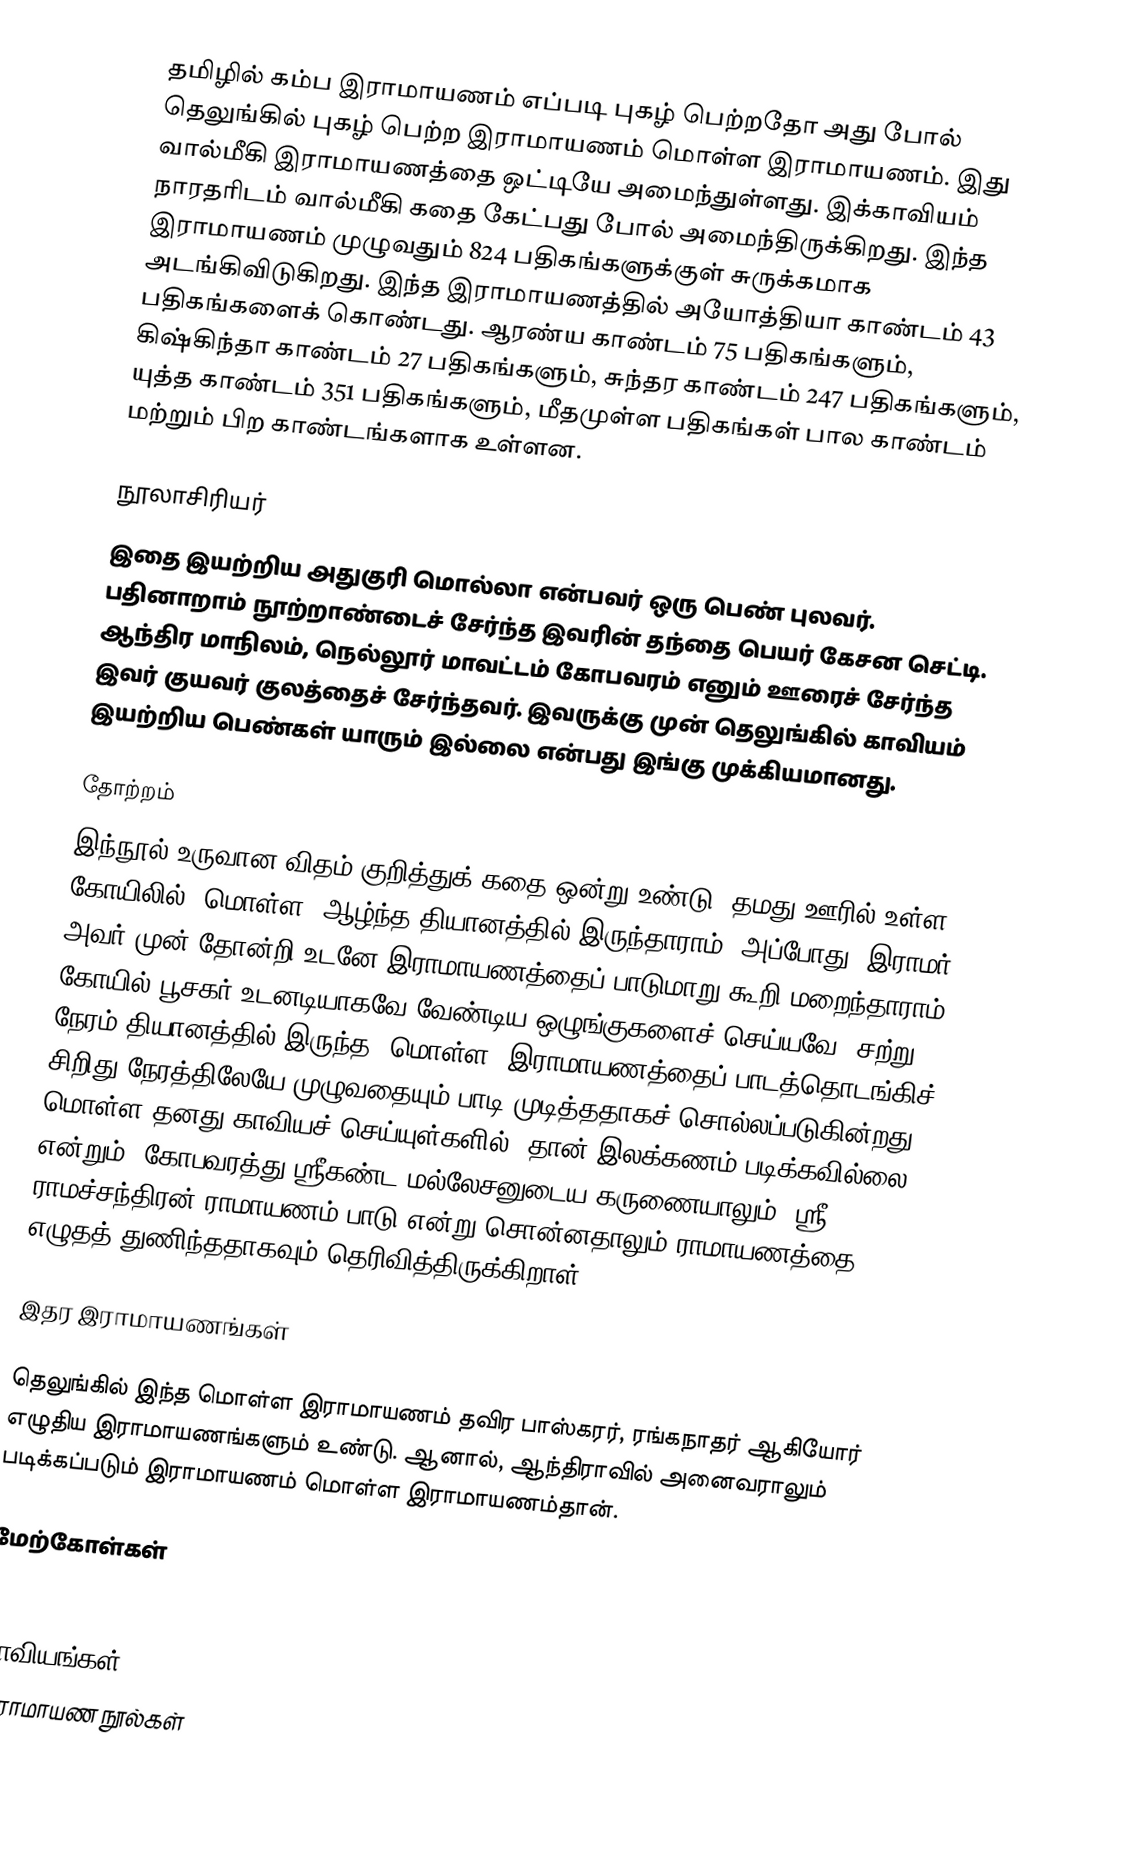
தமிழில் கம்ப இராமாயணம் எப்படி புகழ் பெற்றதோ அது போல் தெலுங்கில் புகழ் பெற்ற இராமாயணம் மொள்ள இராமாயணம். இது வால்மீகி இராமாயணத்தை ஒட்டியே அமைந்துள்ளது. இக்காவியம் நாரதரிடம் வால்மீகி கதை கேட்பது போல் அமைந்திருக்கிறது. இந்த இராமாயணம் முழுவதும் 824 பதிகங்களுக்குள் சுருக்கமாக அடங்கிவிடுகிறது. இந்த இராமாயணத்தில் அயோத்தியா காண்டம் 43 பதிகங்களைக் கொண்டது. ஆரண்ய காண்டம் 75 பதிகங்களும், கிஷ்கிந்தா காண்டம் 27 பதிகங்களும், சுந்தர காண்டம் 247 பதிகங்களும், யுத்த காண்டம் 351 பதிகங்களும், மீதமுள்ள பதிகங்கள் பால காண்டம் மற்றும் பிற காண்டங்களாக உள்ளன.

நூலாசிரியர்
இதை இயற்றிய அதுகுரி மொல்லா என்பவர் ஒரு பெண் புலவர். பதினாறாம் நூற்றாண்டைச் சேர்ந்த இவரின் தந்தை பெயர் கேசன செட்டி. ஆந்திர மாநிலம், நெல்லூர் மாவட்டம் கோபவரம் எனும் ஊரைச் சேர்ந்த இவர் குயவர் குலத்தைச் சேர்ந்தவர். இவருக்கு முன் தெலுங்கில் காவியம் இயற்றிய பெண்கள் யாரும் இல்லை என்பது இங்கு முக்கியமானது.

தோற்றம்
இந்நூல் உருவான விதம் குறித்துக் கதை ஒன்று உண்டு. தமது ஊரில் உள்ள கோயிலில் "மொள்ள" ஆழ்ந்த தியானத்தில் இருந்தாராம். அப்போது, இராமர் அவர் முன் தோன்றி உடனே இராமாயணத்தைப் பாடுமாறு கூறி மறைந்தாராம். கோயில் பூசகர் உடனடியாகவே வேண்டிய ஒழுங்குகளைச் செய்யவே, சற்று நேரம் தியானத்தில் இருந்த "மொள்ள" இராமாயணத்தைப் பாடத்தொடங்கிச் சிறிது நேரத்திலேயே முழுவதையும் பாடி முடித்ததாகச் சொல்லப்படுகின்றது. மொள்ள தனது காவியச் செய்யுள்களில், தான் இலக்கணம் படிக்கவில்லை என்றும், கோபவரத்து ஸ்ரீகண்ட மல்லேசனுடைய கருணையாலும், ஸ்ரீ ராமச்சந்திரன் ராமாயணம் பாடு என்று சொன்னதாலும் ராமாயணத்தை எழுதத் துணிந்ததாகவும் தெரிவித்திருக்கிறாள்.

இதர இராமாயணங்கள்

தெலுங்கில் இந்த மொள்ள இராமாயணம் தவிர பாஸ்கரர், ரங்கநாதர் ஆகியோர் எழுதிய இராமாயணங்களும் உண்டு. ஆனால், ஆந்திராவில் அனைவராலும் படிக்கப்படும் இராமாயணம் மொள்ள இராமாயணம்தான்.

மேற்கோள்கள்

 காவியங்கள்
இராமாயண நூல்கள்